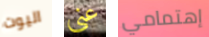
اليوت عني إهتمامي